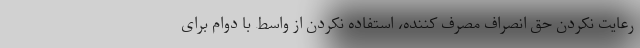
رعایت نکردن حق انصراف مصرف کننده، استفاده نکردن از واسط با دوام برای